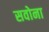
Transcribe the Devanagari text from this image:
सवोना